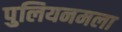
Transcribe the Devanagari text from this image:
पुलियनमला